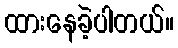
ထားနေခဲ့ပါတယ်။